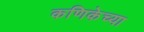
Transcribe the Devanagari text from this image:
कणिकेच्या